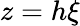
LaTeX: z=h\xi